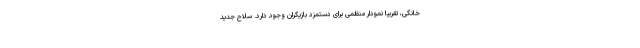
خانگی، تقریبا نمودار منظمی برای دستمزد بازیگران وجود دارد. سلاح جدید